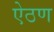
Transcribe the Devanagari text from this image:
ऐठण